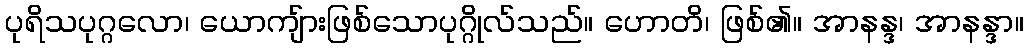
ပုရိသပုဂ္ဂလော၊ ယောကျ်ားဖြစ်သောပုဂ္ဂိုလ်သည်။ ဟောတိ၊ ဖြစ်၏။ အာနန္ဒ၊ အာနန္ဒာ။